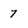
Character: 7